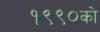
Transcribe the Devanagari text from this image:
१९९०को